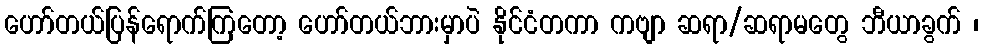
ဟော်တယ်ပြန်ရောက်ကြတော့ ဟော်တယ်ဘားမှာပဲ နိုင်ငံတကာ ကဗျာ ဆရာ/ဆရာမတွေ ဘီယာခွက် ၊